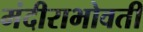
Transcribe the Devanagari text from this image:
मंदीराभोवती